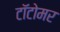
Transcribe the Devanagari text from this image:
टॉटोमर